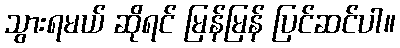
သွားရမယ် ဆိုရင် မြန်မြန် ပြင်ဆင်ပါ။